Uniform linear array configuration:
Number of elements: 16
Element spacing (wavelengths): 1
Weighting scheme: kaiser
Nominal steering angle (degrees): -30
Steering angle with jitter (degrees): -30.622
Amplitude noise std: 0.05
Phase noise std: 0.05

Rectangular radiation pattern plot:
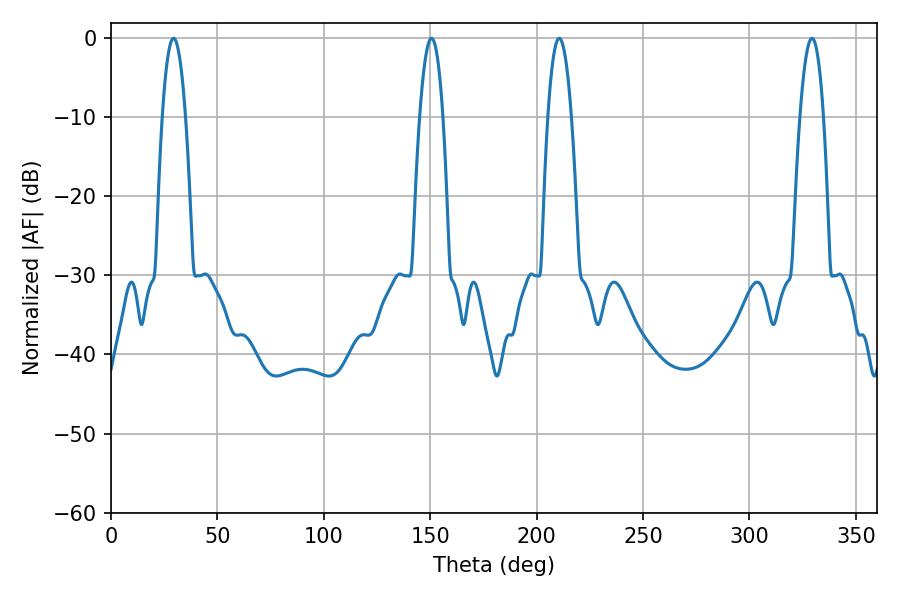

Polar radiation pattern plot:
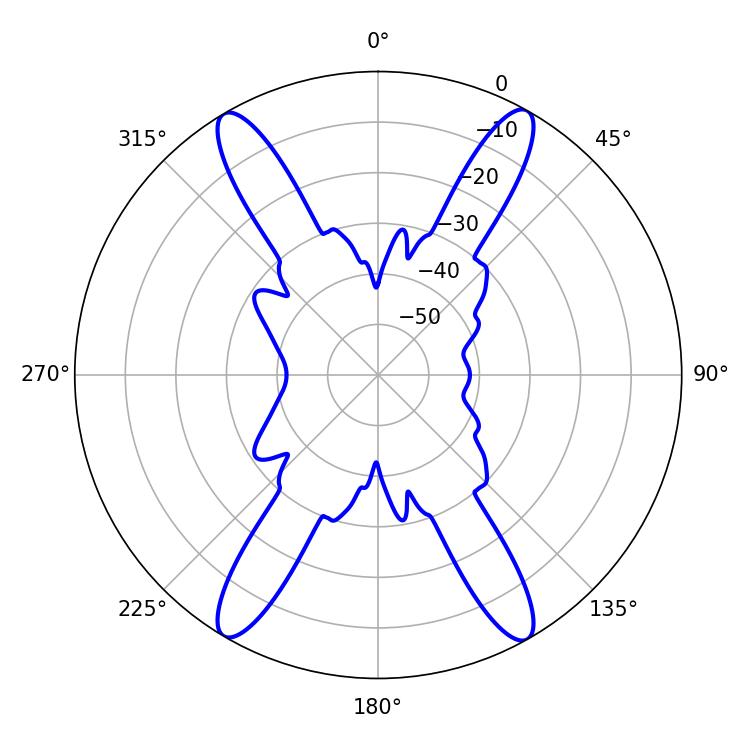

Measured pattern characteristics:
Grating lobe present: TRUE
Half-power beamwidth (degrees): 6.12
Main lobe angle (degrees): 210.6